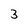
Character: 3